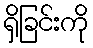
ရှိခြင်းကို